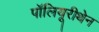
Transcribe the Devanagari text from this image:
पॉलियूरीथेन